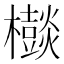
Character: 𣠃